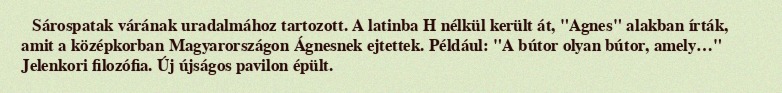
Sárospatak várának uradalmához tartozott. A latinba H nélkül került át, "Agnes" alakban írták, amit a középkorban Magyarországon Ágnesnek ejtettek. Például: "A bútor olyan bútor, amely…" Jelenkori filozófia. Új újságos pavilon épült.